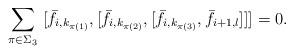
LaTeX: \begin{align*} \sum_{\pi\in \Sigma_3}\ [\bar{f}_{i,k_{\pi(1)}}, [\bar{f}_{i,k_{\pi(2)}}, [\bar{f}_{i,k_{\pi(3)}}, \bar{f}_{i+1,l}]]]=0.\end{align*}